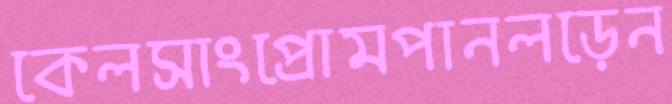
কেলসাংপ্রোমপানলড়েন